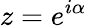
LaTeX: z=e^{i\alpha}